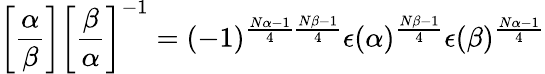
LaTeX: \left[{\frac{\alpha}{\beta}}\right]\left[{\frac{\beta}{\alpha}}\right]^{-1}=(-1)^{{\frac{N\alpha-1}{4}}{\frac{N\beta-1}{4}}}\epsilon(\alpha)^{\frac{N\beta-1}{4}}\epsilon(\beta)^{\frac{N\alpha-1}{4}}